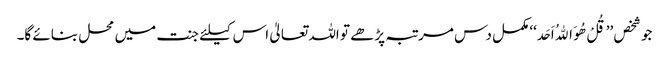
جو شخص ’’قُلْ ھُوَ اﷲُ اَحَد‘‘ مکمل دس مرتبہ پڑھے تو اللہ تعالیٰ اس کیلئے جنت میں محل بنائے گا۔